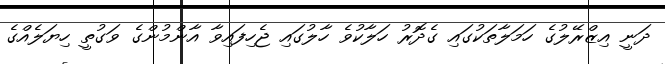
ދަނީ އިޒްރޭލުގެ ހަމަލާތަކުގައި ގެދޮރު ހަލާކުވެ ހާލުގައި ޖެހިފައިވާ އާންމުންގެ ވަގުތީ ހިޔަލެއްގެ